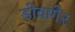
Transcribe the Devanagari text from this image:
डोवागेर